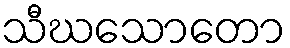
သီဃသောတော